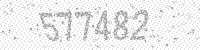
Solution: 577482